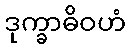
ဒုက္ခာဓိဝဟံ